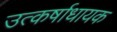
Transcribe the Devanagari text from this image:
उत्कर्षाधायक